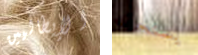
الإيطاليين يستحقه